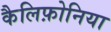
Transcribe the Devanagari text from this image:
कैलिफ़ोनिया